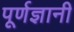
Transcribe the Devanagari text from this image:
पूर्णज्ञानी